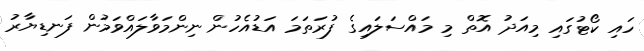
ހައި ކޯޓުގައި މިއަދު އޮތް މި މައްސަލައިގެ ފުރަތަމަ އަޑުއެހުން ނިންމަވާލައްވަމުން ފަނޑިޔާރު